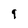
Character: 9